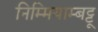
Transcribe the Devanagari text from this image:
निम्मियाम्बट्टू